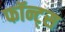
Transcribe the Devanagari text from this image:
फॉन्ट्‌स